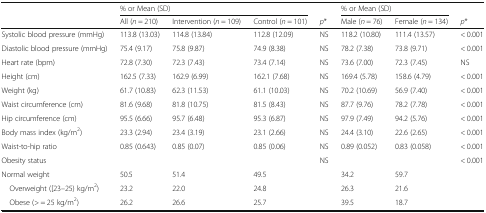
<table><thead><tr><td></td><td colspan="3"><b>% or Mean (SD)</b></td><td></td><td colspan="2"><b>% or Mean (SD)</b></td><td></td></tr><tr><td></td><td><b>All (<i>n</i> = 210)</b></td><td><b>Intervention (<i>n</i> = 109)</b></td><td><b>Control (<i>n</i> = 101)</b></td><td><b><i>p</i>*</b></td><td><b>Male (<i>n</i> = 76)</b></td><td><b>Female (<i>n</i> = 134)</b></td><td><b><i>p</i>*</b></td></tr></thead><tbody><tr><td>Systolic blood pressure (mmHg)</td><td>113.8 (13.03)</td><td>114.8 (13.84)</td><td>112.8 (12.09)</td><td>NS</td><td>118.2 (10.80)</td><td>111.4 (13.57)</td><td>&lt; 0.001</td></tr><tr><td>Diastolic blood pressure (mmHg)</td><td>75.4 (9.17)</td><td>75.8 (9.87)</td><td>74.9 (8.38)</td><td>NS</td><td>78.2 (7.38)</td><td>73.8 (9.71)</td><td>&lt; 0.001</td></tr><tr><td>Heart rate (bpm)</td><td>72.8 (7.30)</td><td>72.3 (7.43)</td><td>73.4 (7.14)</td><td>NS</td><td>73.6 (7.00)</td><td>72.3 (7.45)</td><td>NS</td></tr><tr><td>Height (cm)</td><td>162.5 (7.33)</td><td>162.9 (6.99)</td><td>162.1 (7.68)</td><td>NS</td><td>169.4 (5.78)</td><td>158.6 (4.79)</td><td>&lt; 0.001</td></tr><tr><td>Weight (kg)</td><td>61.7 (10.83)</td><td>62.3 (11.53)</td><td>61.1 (10.03)</td><td>NS</td><td>70.2 (10.69)</td><td>56.9 (7.40)</td><td>&lt; 0.001</td></tr><tr><td>Waist circumference (cm)</td><td>81.6 (9.68)</td><td>81.8 (10.75)</td><td>81.5 (8.43)</td><td>NS</td><td>87.7 (9.76)</td><td>78.2 (7.78)</td><td>&lt; 0.001</td></tr><tr><td>Hip circumference (cm)</td><td>95.5 (6.66)</td><td>95.7 (6.48)</td><td>95.3 (6.87)</td><td>NS</td><td>97.9 (7.49)</td><td>94.2 (5.76)</td><td>&lt; 0.001</td></tr><tr><td>Body mass index (kg/m<sup>2</sup>)</td><td>23.3 (2.94)</td><td>23.4 (3.19)</td><td>23.1 (2.66)</td><td>NS</td><td>24.4 (3.10)</td><td>22.6 (2.65)</td><td>&lt; 0.001</td></tr><tr><td>Waist-to-hip ratio</td><td>0.85 (0.643)</td><td>0.85 (0.07)</td><td>0.85 (0.06)</td><td>NS</td><td>0.89 (0.052)</td><td>0.83 (0.058)</td><td>&lt; 0.001</td></tr><tr><td>Obesity status</td><td></td><td></td><td></td><td>NS</td><td></td><td></td><td>&lt; 0.001</td></tr><tr><td>Normal weight</td><td>50.5</td><td>51.4</td><td>49.5</td><td></td><td>34.2</td><td>59.7</td><td></td></tr><tr><td> Overweight ([23–25) kg/m<sup>2</sup>)</td><td>23.2</td><td>22.0</td><td>24.8</td><td></td><td>26.3</td><td>21.6</td><td></td></tr><tr><td> Obese (&gt; = 25 kg/m<sup>2</sup>)</td><td>26.2</td><td>26.6</td><td>25.7</td><td></td><td>39.5</td><td>18.7</td><td></td></tr></tbody></table>